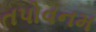
તપોવનમ